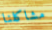
مشاكلنا